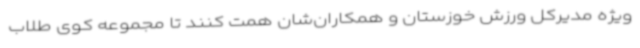
ویژه مدیرکل ورزش خوزستان و همکاران‌شان همت کنند تا مجموعه کوی طلاب